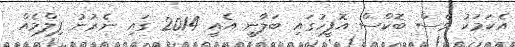
އެކަމަކު ވެސް ބޮކްސް އޮފީހުގައި ބަލާނީ އެއީ 2014 ގައި ނެރުނު ފިލްމެއް